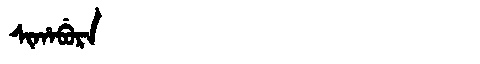
Manchu: ᠰᡳᡥᠠᠪᡠᡵᠠ
Romanization: SIHABURA